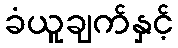
ခံယူချက်နှင့်